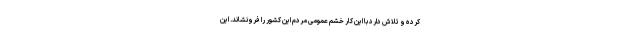
کرده و تلاش دارد با این کار خشم عمومی مردم این کشور را فرونشاند. این